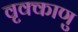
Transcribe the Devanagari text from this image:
वृक्काणु